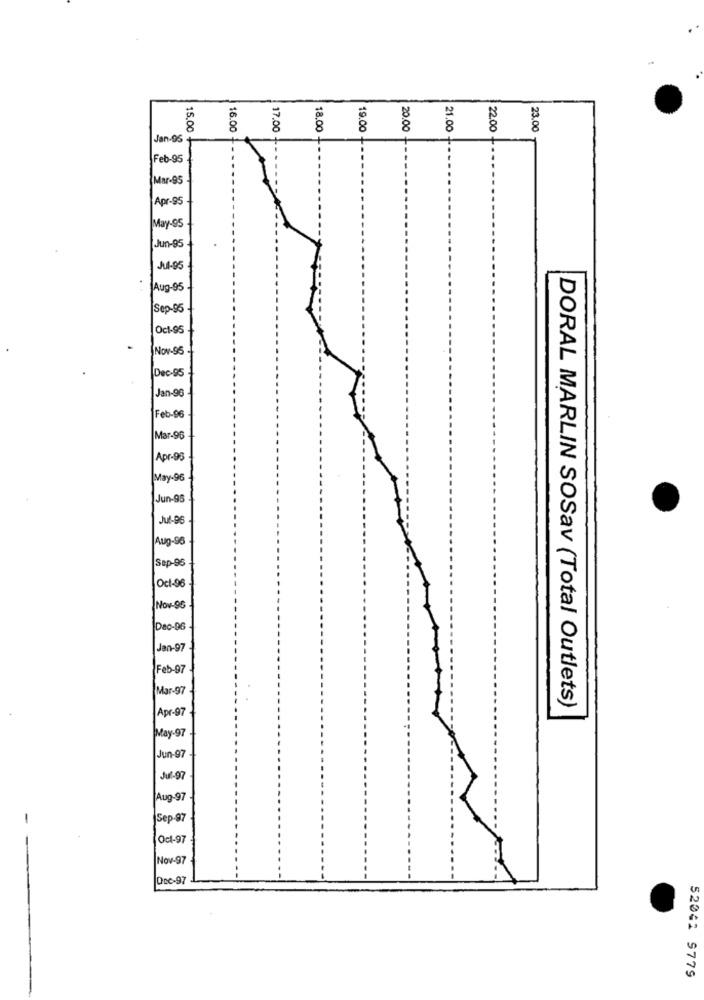
8
15.00
16.00
8
18.00
19.00
20.00
21.00
22.00
8
Jan-95
Feb-95
Mar-95
Apr-95
May-95
Jun-95
Jul-95
Aug-95
Sep-95
Oct-95
Nov-96
Dec-95
Jan-96
Feb-96
Mar-96
Apr-93
|May-96
Jun-96
Jul-96
Aug-96
Sep-96
Oct-96
Nov-96
Dec-96
Jan-97
Feb-97
Mar-97
Apr-97
DORAL MARLIN SOSav (Total Outlets)
May-97
Jun-97
Jul-97
Aug-97
Sep-97
Oct-97
Nov-97
Doc-92
52042 9779